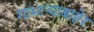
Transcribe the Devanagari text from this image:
गाभाऱ्याबाहेर